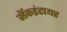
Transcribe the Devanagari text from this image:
मॅकइंटायर